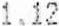
1.12